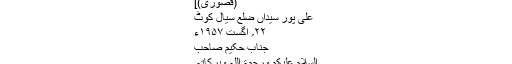
(قصوری)]
علی پور سیّداں ضِلع سیال کوٹ
۲۲؍ اگست ۱۹۵۷ء
جناب حکیم صاحب
اَلسّلامُ علیکم ورحمۃ اللہ وبرکاتہ۔